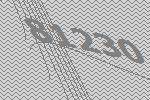
81230